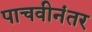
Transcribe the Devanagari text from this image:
पाचवीनंतर